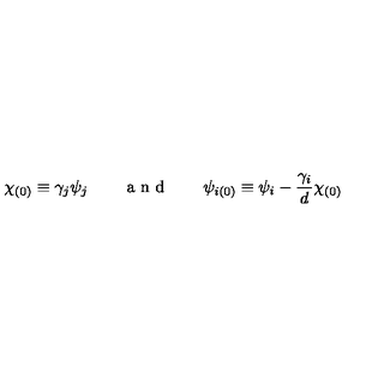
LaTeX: \chi _ { ( 0 ) } \equiv \gamma _ { j } \psi _ { j } \qquad \textup { a n d } \qquad \psi _ { i ( 0 ) } \equiv \psi _ { i } - \frac { \gamma _ { i } } { d } \chi _ { ( 0 ) }